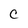
Character: C